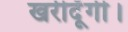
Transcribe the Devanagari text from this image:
खरीदूँगी।